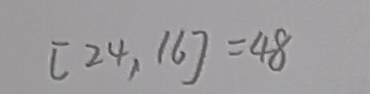
[ 2 4 , 1 6 ] = 4 8